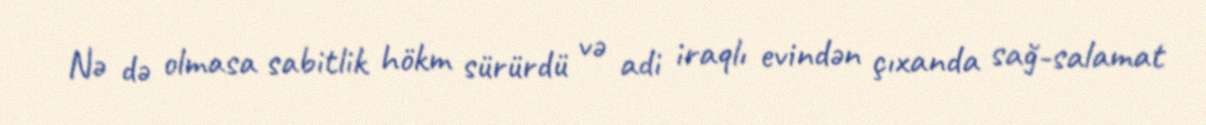
Nə də olmasa sabitlik hökm sürürdü və adi iraqlı evindən çıxanda sağ-salamat